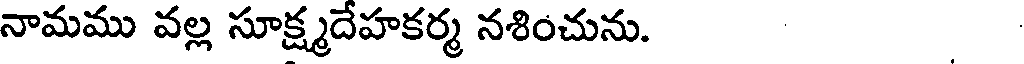
నామము వల్ల సూక్ష్మదేహకర్మ నశించును.